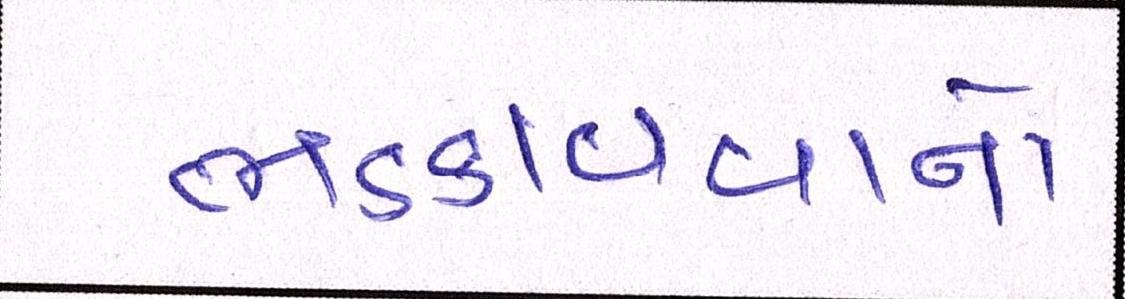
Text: ભડકાવવાનો